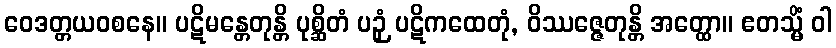
ဝေဒတ္တယဝစနေ။ ပဋိမန္တေတုန္တိ ပုစ္ဆိတံ ပဉှံ ပဋိကထေတုံ, ဝိဿဇ္ဇေတုန္တိ အတ္ထော။ ဧတသ္မိံ ဝါ